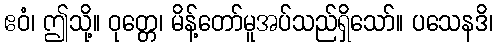
ဧဝံ၊ ဤသို့။ ဝုတ္တေ၊ မိန့်တော်မူအပ်သည်ရှိသော်။ ပသေနဒိ၊